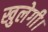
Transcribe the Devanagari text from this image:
खुलेगी।